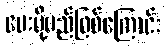
ပေးပို့မည်ဖြစ်ကြောင်း